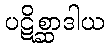
ပဋိစ္ဆာဒါယ